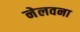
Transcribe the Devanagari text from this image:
नेलवना